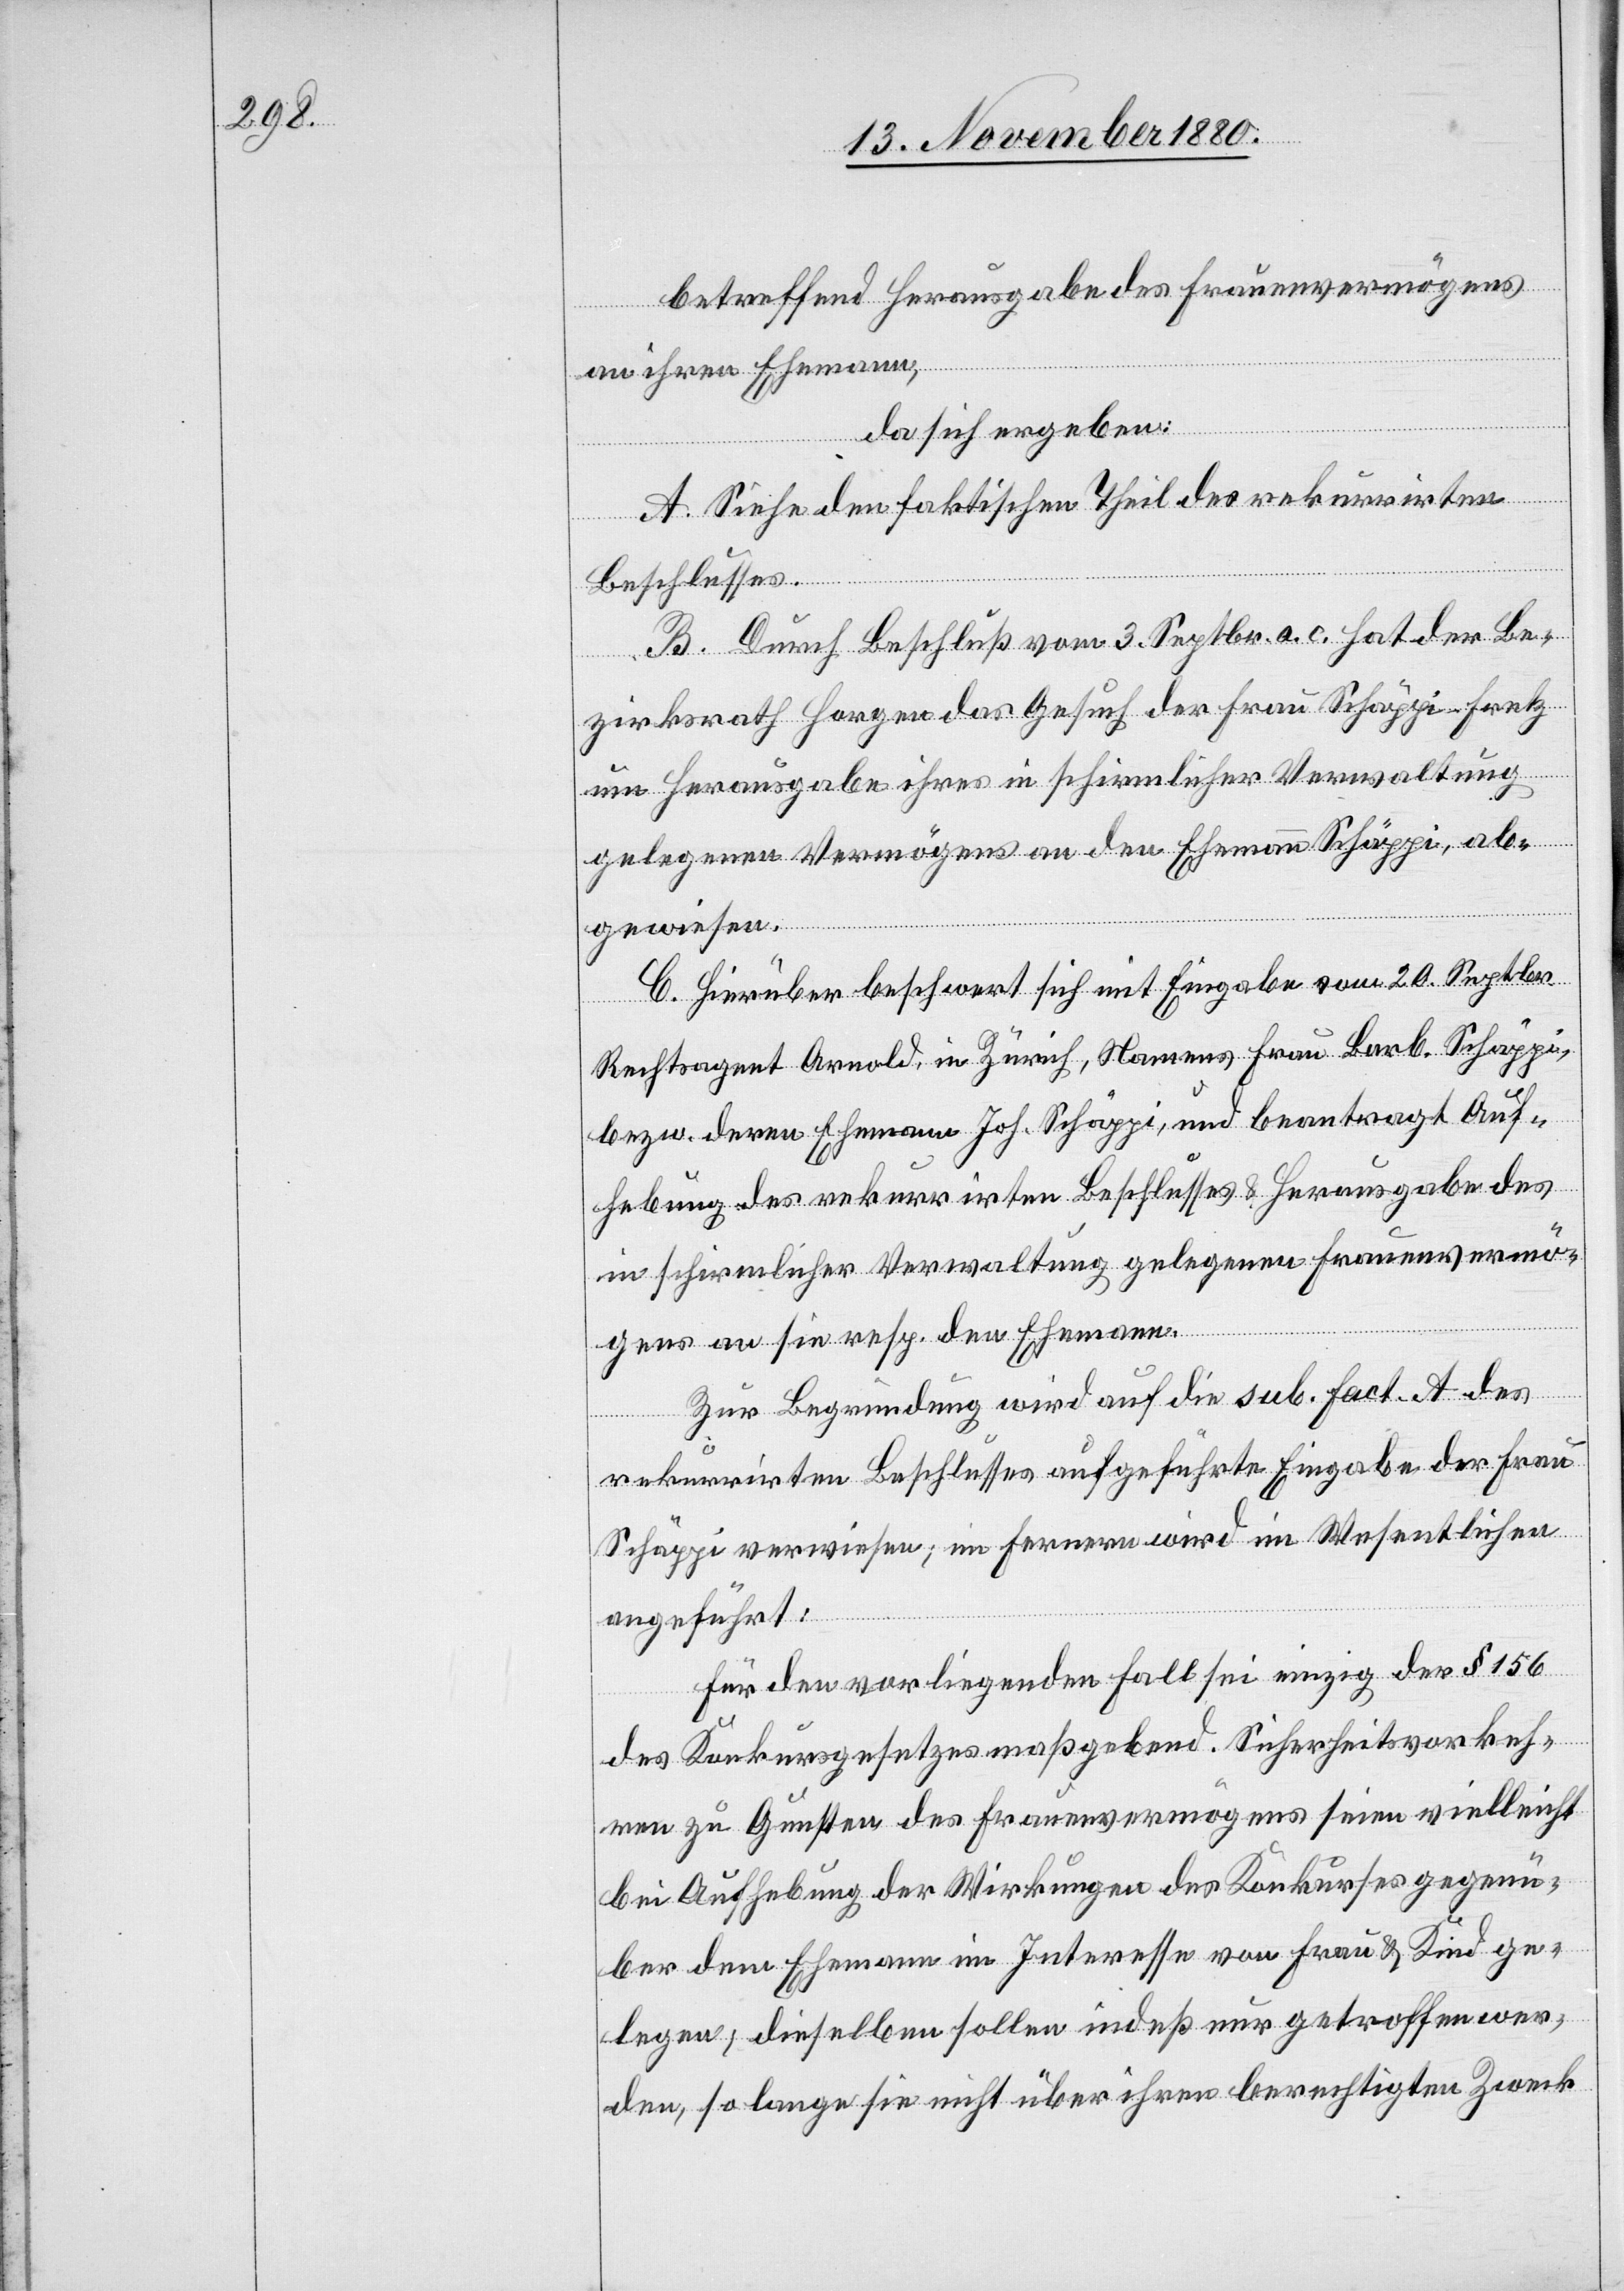
betreffend Herausgabe des Frauenvermögens
an ihren Ehemann,
da sich ergeben:
A. Siehe den faktischen Theil des rekurrirten
Beschlusses.
B. Durch Beschluß vom 3. Septbr. a. c. hat der Be¬
zirksrath Horgen das Gesuch der Frau Schäppi-Fretz
um Herausgabe ihres in schirmlicher Verwaltung
gelegenen Vermögens an den Ehemann Schäppi ab¬
gewiesen.
C. Hierüber beschwert sich mit Eingabe vom 20. Septbr.
Rechtsagent Arnold, in Zürich, Namens Frau Barb. Schäppi,
bezw. deren Ehemann Joh. Schäppi, und beantragt Auf¬
hebung des rekurrirten Beschlusses & Herausgabe des
in schirmlicher Verwaltung gelegenen Frauenvermö¬
gens an sie resp. den Ehemann.
Zur Begründung wird auf die sub. fact. A des
rekurrirten Beschlusses aufgeführte Eingabe der Frau
Schäppi verwiesen; im Fernern wird im Wesentlichen
angeführt:
Für den vorliegenden Fall sei einzig der § 156
des Konkursgesetzes maßgebend. Sicherheitsvorkeh¬
ren zu Gunsten des Frauenvermögens seien vielleicht
bei Aufhebung der Wirkungen des Konkurses gegenü¬
ber dem Ehemann im Interesse von Frau & Kind ge¬
legen, dieselben sollen indeß nur getroffen wer¬
de, so lange sie nicht über ihren berechtigten Zweck